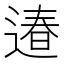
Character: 𨕌